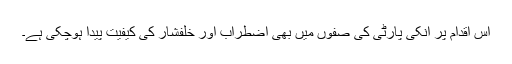
اس اقدام پر انکی پارٹی کی صفوں میں بھی اضطراب اور خلفشار کی کیفیت پیدا ہوچکی ہے۔